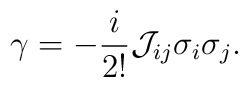
{\gamma}=-\frac{i}{2!}{\cal J}_{ij}{\sigma}_i{\sigma}_j.